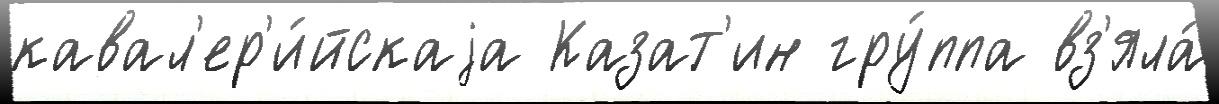
кавал'ер'и́йскаjа Казат'ин гру́ппа вз'яла́